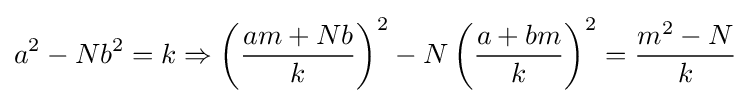
a^{2}-Nb^{2}=k\Rightarrow \left({\frac {am+Nb}{k}}\right)^{2}-N\left({\frac {a+bm}{k}}\right)^{2}={\frac {m^{2}-N}{k}}